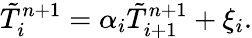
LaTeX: \tilde{T}_{i}^{n+1}={\alpha_{i}}\tilde{T}_{i+1}^{n+1}+{\xi_{i}}.